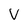
Character: v